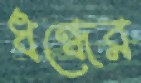
ধন্ধের